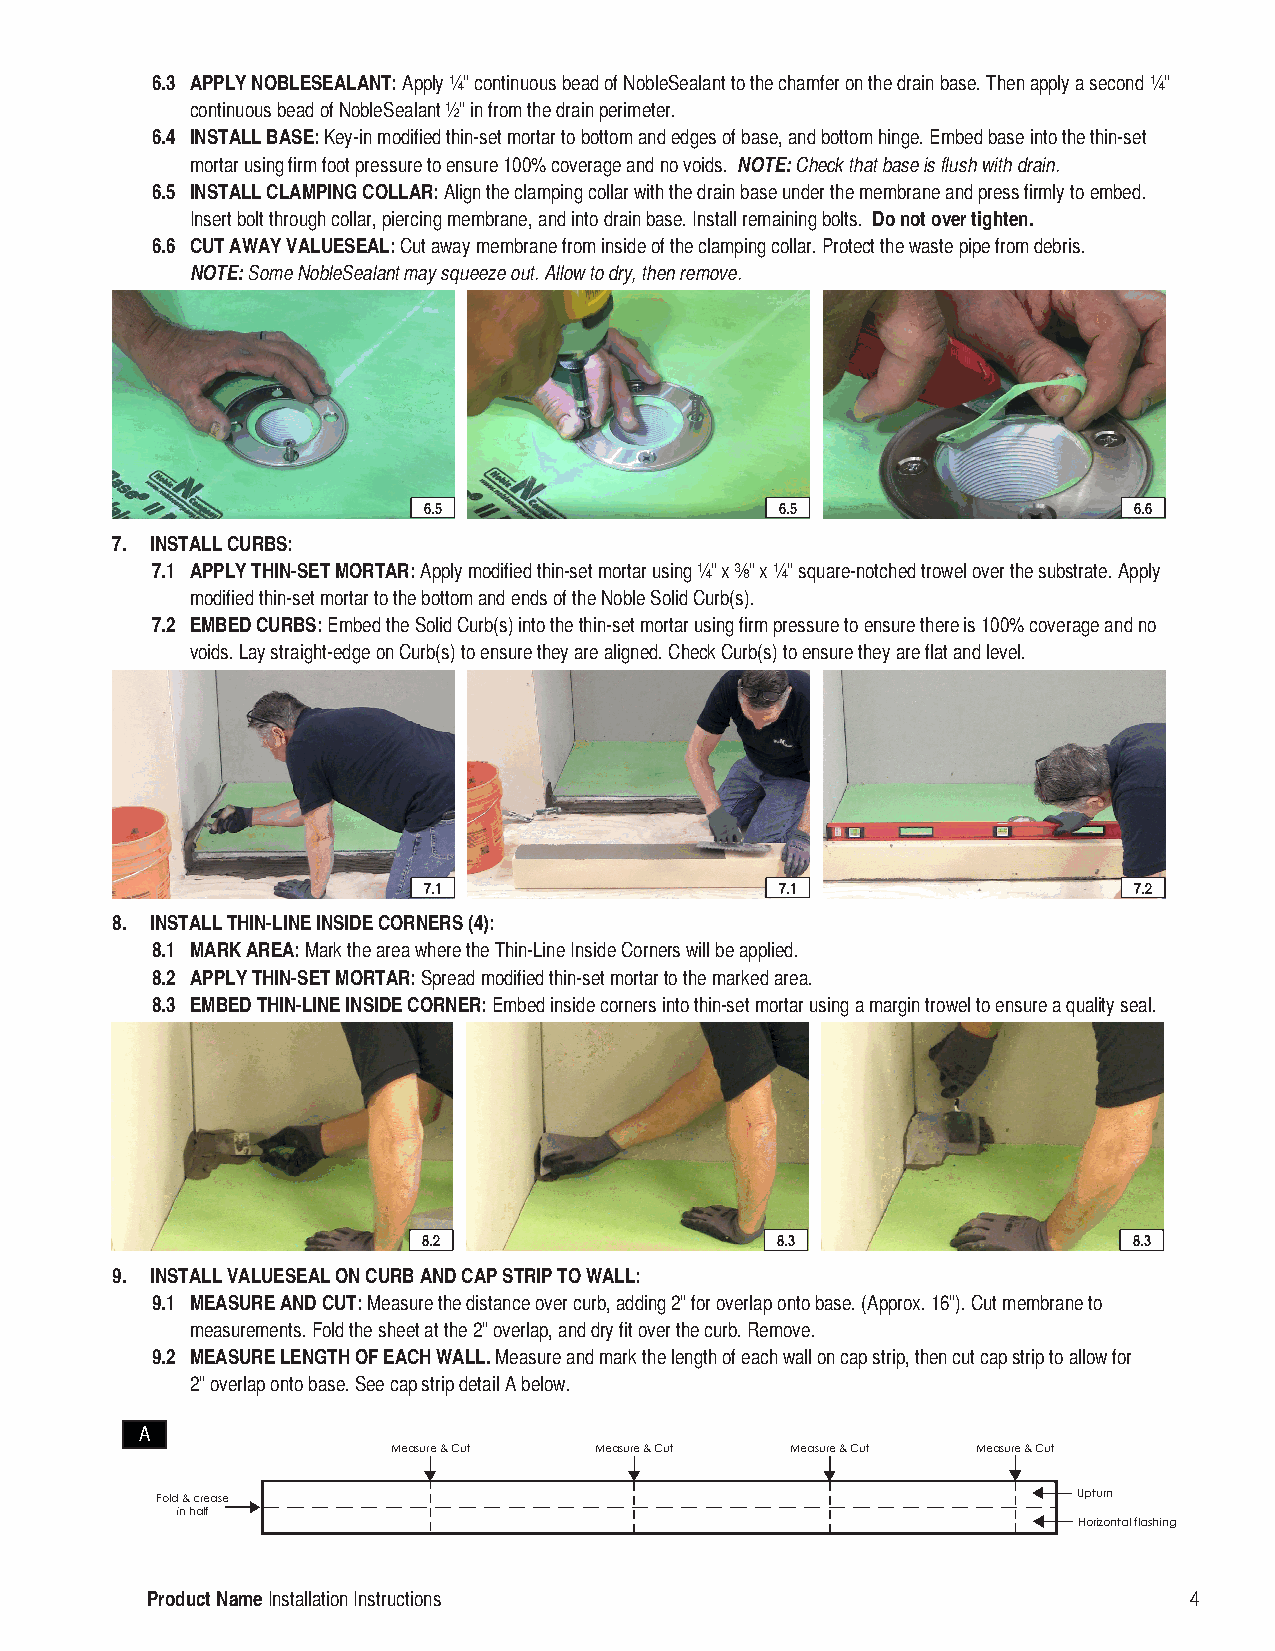
6.3 APPLY NOBLESEALANT: Apply ¼” continuous bead of NobleSealant to the chamfer on the drain base. Then apply a second ¼”
 continuous bead of NobleSealant ½” in from the drain perimeter.
 6.4 INSTALL BASE: Key-in modified thin-set mortar to bottom and edges of base, and bottom hinge. Embed base into the thin-set
 mortar using firm foot pressure to ensure 100% coverage and no voids. NOTE: Check that base is flush with drain.
 6.5 INSTALL CLAMPING COLLAR: Align the clamping collar with the drain base under the membrane and press firmly to embed.
 Insert bolt through collar, piercing membrane, and into drain base. Install remaining bolts. Do not over tighten.
 6.6 CUT AWAY VALUESEAL: Cut away membrane from inside of the clamping collar. Protect the waste pipe from debris.
 NOTE: Some NobleSealant may squeeze out. Allow to dry, then remove.
 6.5                     6.5                    6.6
 7. INSTALL CURBS:
 7.1 APPLY THIN-SET MORTAR: Apply modified thin-set mortar using ¼” x ⅜” x ¼” square-notched trowel over the substrate. Apply
 modified thin-set mortar to the bottom and ends of the Noble Solid Curb(s).
 7.2 EMBED CURBS: Embed the Solid Curb(s) into the thin-set mortar using firm pressure to ensure there is 100% coverage and no
 voids. Lay straight-edge on Curb(s) to ensure they are aligned. Check Curb(s) to ensure they are flat and level.
 7.1                     7.1                    7.2
 8. INSTALL THIN-LINE INSIDE CORNERS (4):
 8.1 MARK AREA: Mark the area where the Thin-Line Inside Corners will be applied.
 8.2 APPLY THIN-SET MORTAR: Spread modified thin-set mortar to the marked area.
 8.3 EMBED THIN-LINE INSIDE CORNER: Embed inside corners into thin-set mortar using a margin trowel to ensure a quality seal.
 8.2                    8.3                     8.3
 9. INSTALL VALUESEAL ON CURB AND CAP STRIP TO WALL:
 9.1 MEASURE AND CUT: Measure the distance over curb, adding 2” for overlap onto base. (Approx. 16”). Cut membrane to
 measurements. Fold the sheet at the 2” overlap, and dry fit over the curb. Remove.
 9.2 MEASURE LENGTH OF EACH WALL. Measure and mark the length of each wall on cap strip, then cut cap strip to allow for
 2” overlap onto base. See cap strip detail A below.
 A
 Measure & Cut Measure & Cut Measure & Cut Measure & Cut
 Fold & crease                                                Upturn
 in half
 Horizontal flashing
 Product Name Installation Instructions                               4